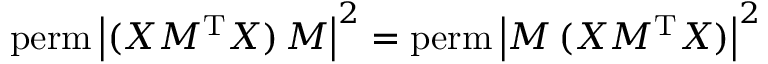
\mathrm { p e r m } \, { \left| ( X M ^ { \mathrm { T } } X ) \, M \right| ^ { 2 } } = \mathrm { p e r m } \, { \left| M \, ( X M ^ { \mathrm { T } } X ) \right| ^ { 2 } }